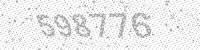
Solution: 598776